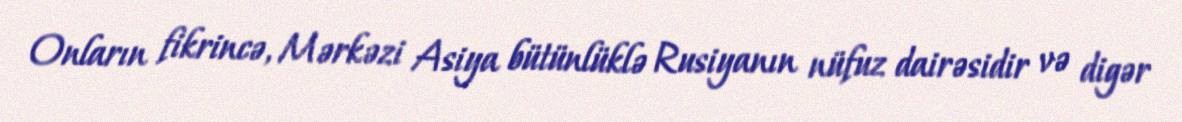
Onların fikrincə, Mərkəzi Asiya bütünlüklə Rusiyanın nüfuz dairəsidir və digər